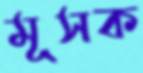
মূসক